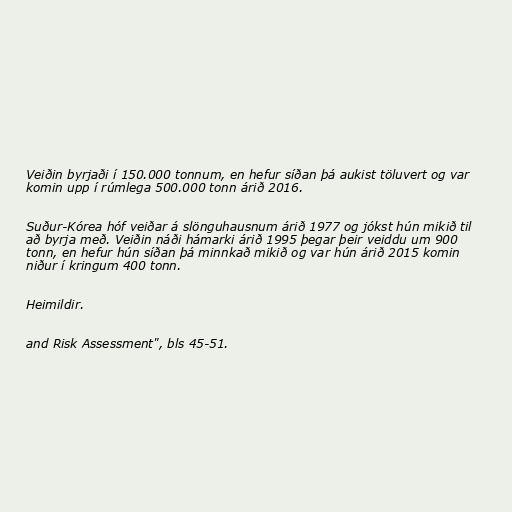
Veiðin byrjaði í 150.000 tonnum, en hefur síðan þá aukist töluvert og var
komin upp í rúmlega 500.000 tonn árið 2016.

Suður-Kórea hóf veiðar á slönguhausnum árið 1977 og jókst hún mikið til
að byrja með. Veiðin náði hámarki árið 1995 þegar þeir veiddu um 900
tonn, en hefur hún síðan þá minnkað mikið og var hún árið 2015 komin
niður í kringum 400 tonn.

Heimildir.

and Risk Assessment", bls 45-51.